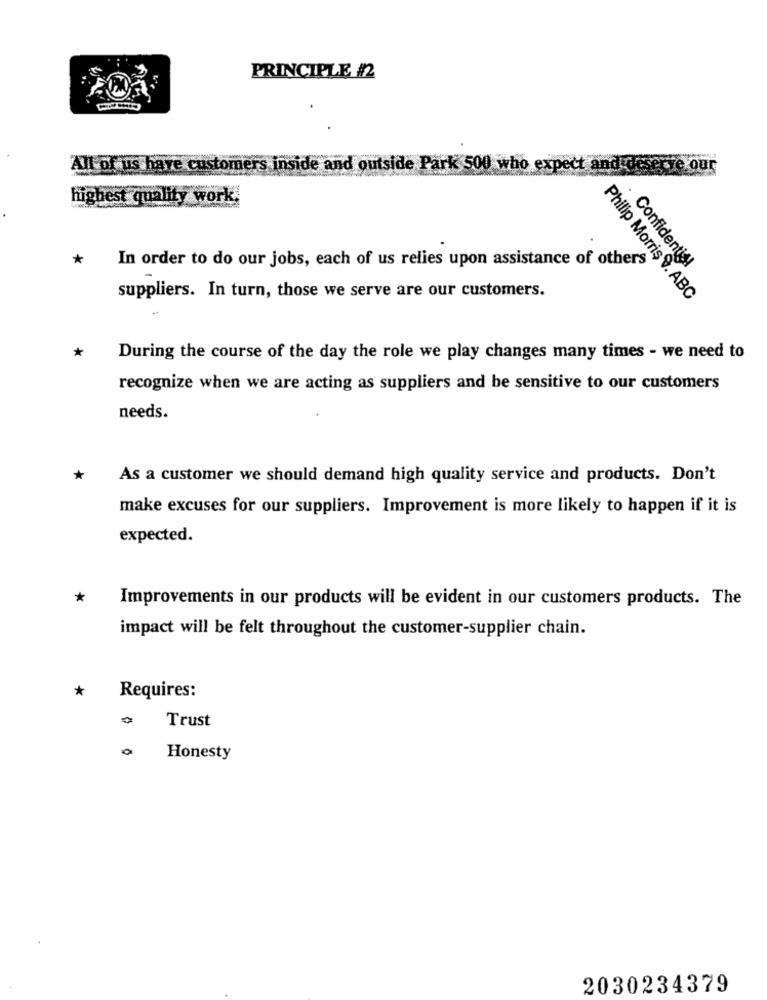
PRINCIPLE #2
All of us have customers inside and outside Park 500 who expect and deserve our
highest quality work.
*
In order to do our jobs, each of us relies upon assistance of others
Confidentis!
suppliers. In turn, those we serve are our customers.
Philip Morris 9. ABC
*
During the course of the day the role we play changes many times - we need to
recognize when we are acting as suppliers and be sensitive to our customers
needs.
*
As a customer we should demand high quality service and products. Don't
make excuses for our suppliers. Improvement is more likely to happen if it is
expected.
*
Improvements in our products will be evident in our customers products. The
impact will be felt throughout the customer-supplier chain.
*
Requires:
Trust
Honesty
2030234379